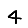
Digit: 4